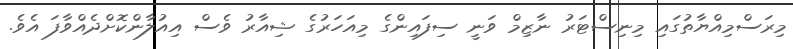
މިރަސްމިއްޔާތުގައި މިނިސްޓަރު ނާޒިމް ވަނީ ސިފައިންގެ މިއަހަރުގެ ޝިއާރު ވެސް އިއުލާންކޮށްދެއްވާފަ އެވެ.